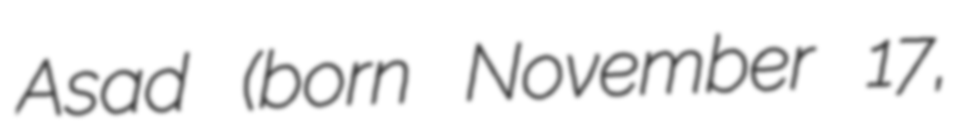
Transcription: Asad (born November 17,